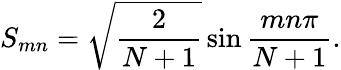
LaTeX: S_{mn}=\sqrt{\frac{2}{N+1}}\sin\frac{mn\pi}{N+1}.